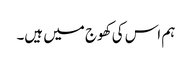
ہم اس کی کھوج میں ہیں۔